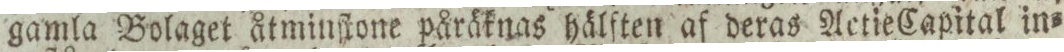
gamla Bolaget åtminſtone påräknas hälften af deras Actie Capital in=